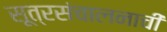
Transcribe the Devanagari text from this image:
सूत्रसंचालनाची